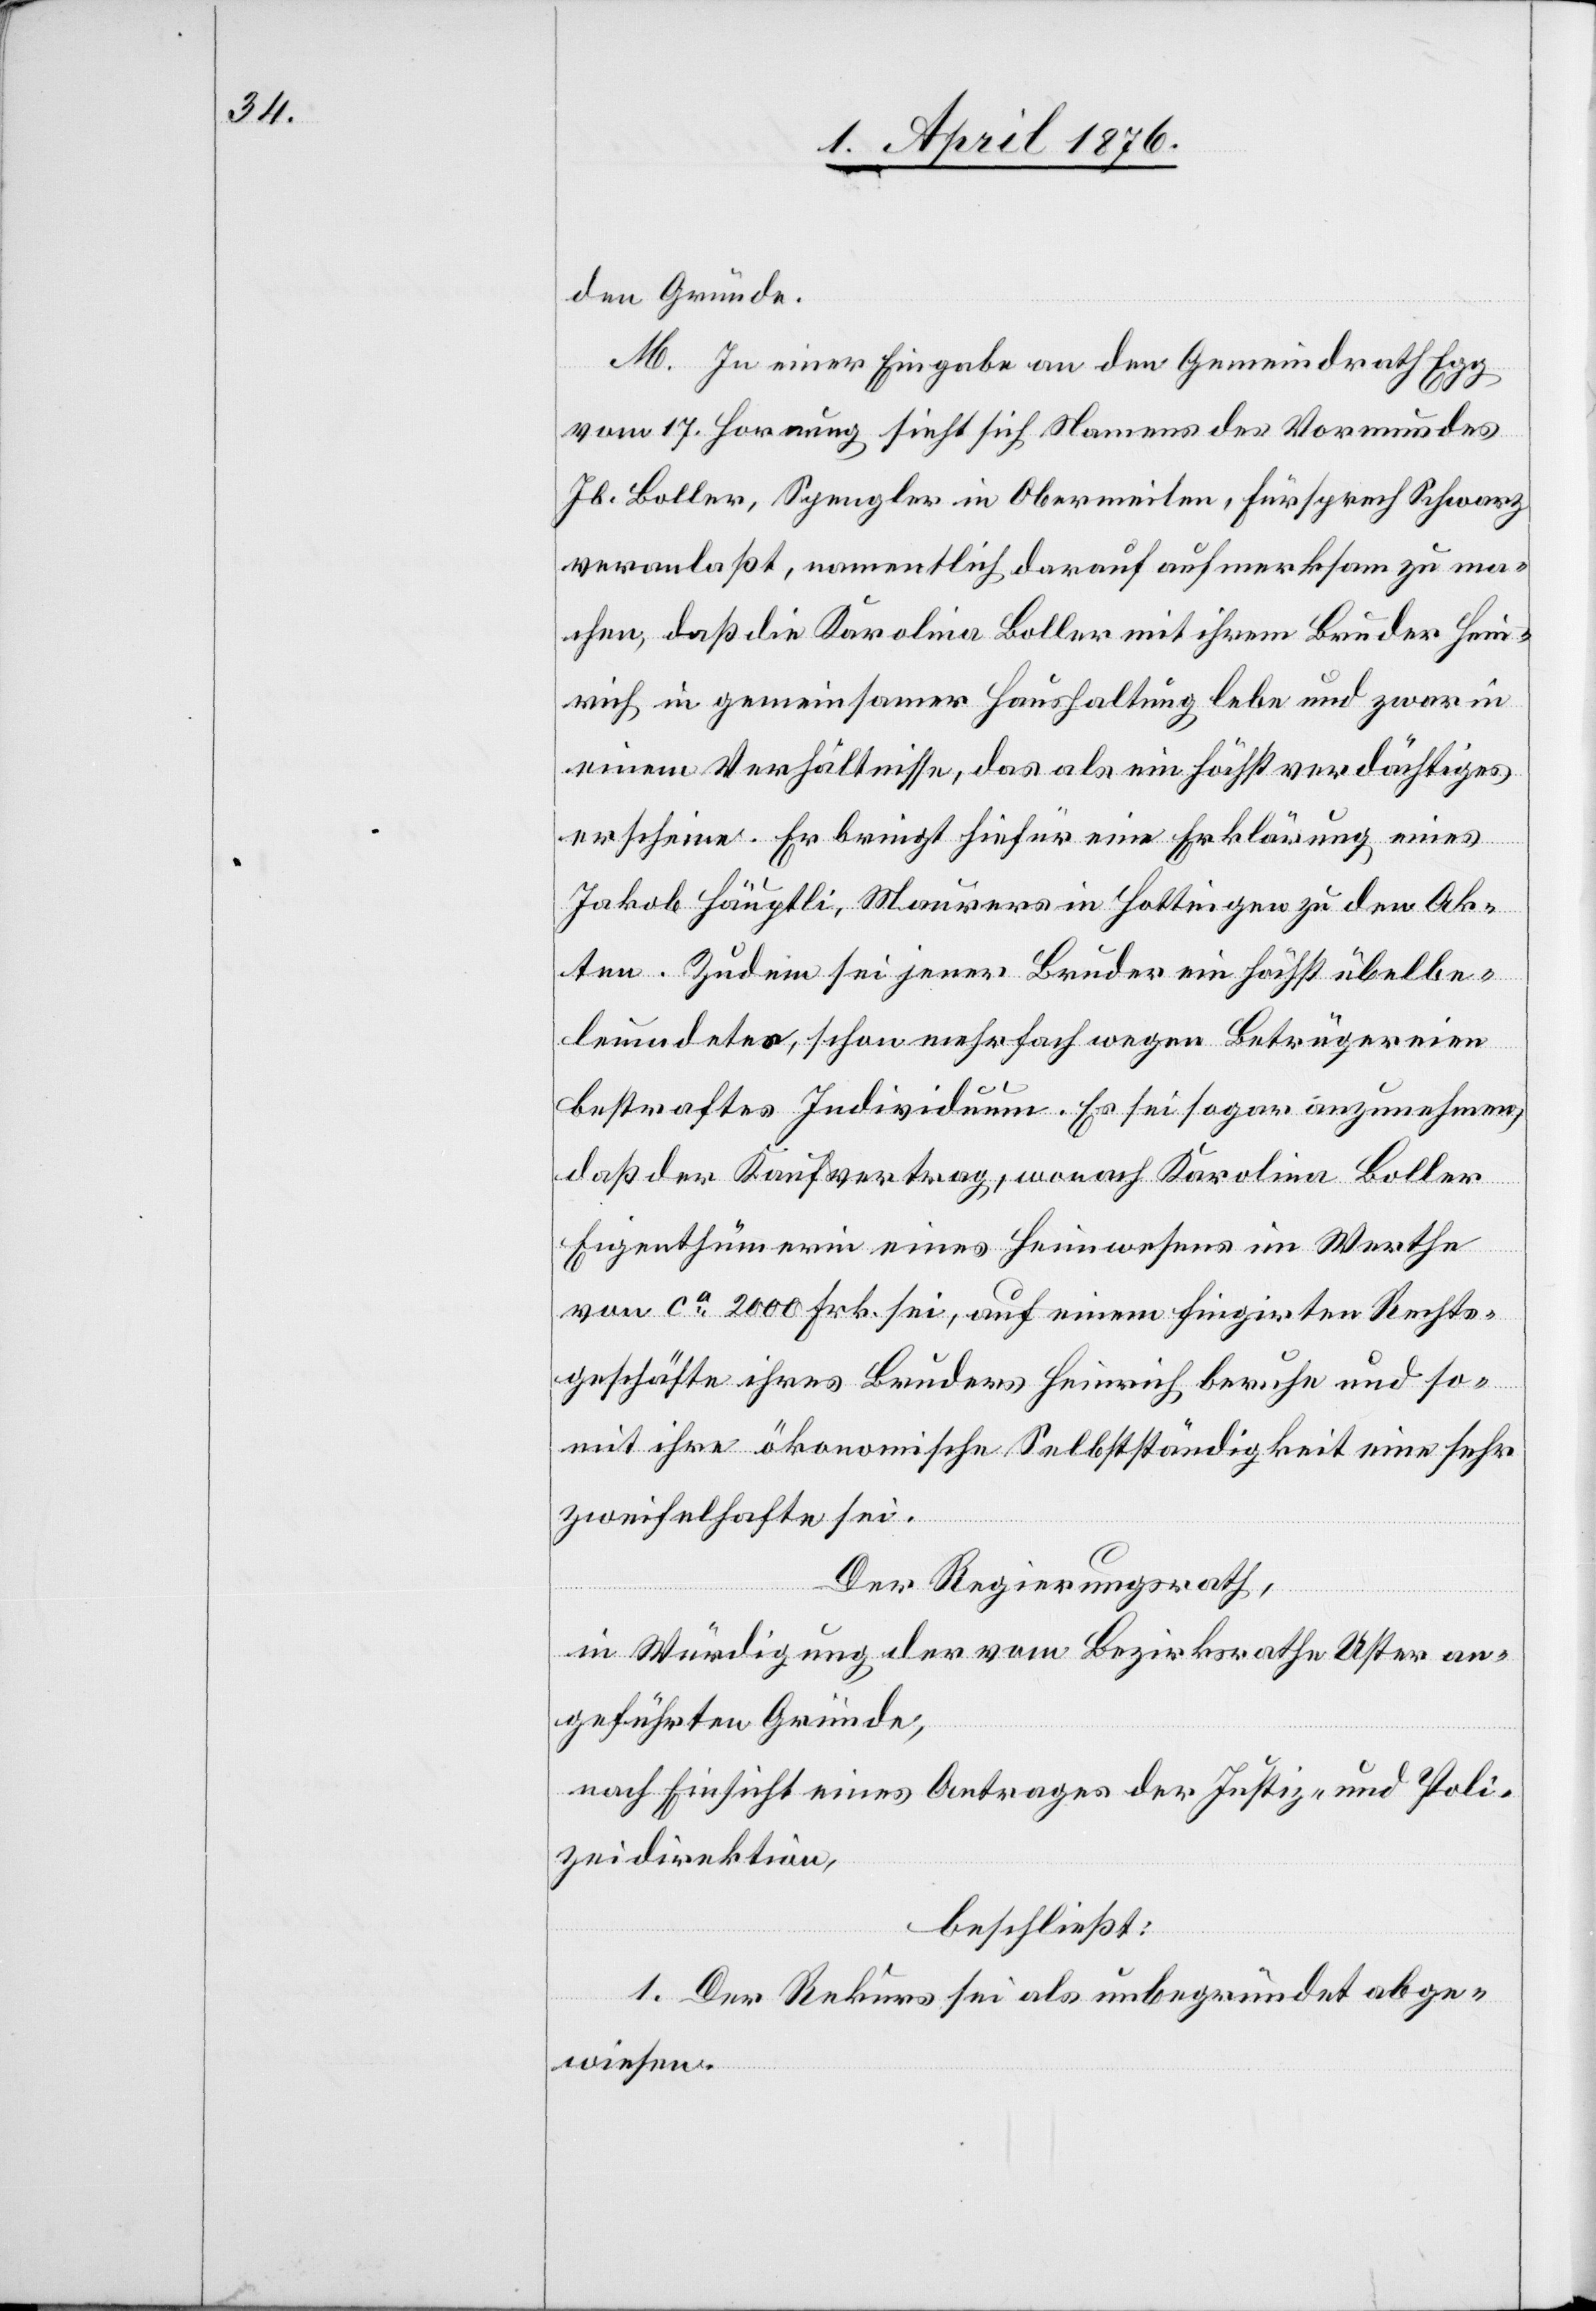
den Gründe.
M. In einer Eingabe an den Gemeindrath Egg
vom 17. Hornung sieht sich Namens des Vormundes
Jb. Boller, Spengler in Obermeilen, Fürsprech Schwarz
veranlaßt, namentlich darauf aufmerksam zu ma¬
chen, daß die Karolina Koller mit ihrem Bruder Hein¬
rich in gemeinsamer Haushaltung lebe und zwar in
einem Verhältnisse, das als ein höchst verdächtiges
erscheine. Er bringt hiefür eine Erklärung eines
Jakob Häuptli, Maurers in Hottingen zu den Ak¬
ten. Zudem sei jener Bruder ein höchst übelbe¬
leumundeter, schon mehrfach wegen Betrügereien
bestraftes Individuum. Es sei sogar anzunehmen,
daß der Kaufvertrag, wonach Karolina Koller
Eigentümerin eines Heimwesens im Werthe
von ca 2000 Frk. sei, auf einem fingirten Rechts¬
geschäfte ihres Bruders Heinrich beruhe und so¬
mit ihre ökonomische Selbstständigkeit eine sehr
zweifelhafte sei.
Der Regierungsrath,
in Würdigung der vom Bezirksrath Uster an¬
geführten Gründe,
nach Einsicht eines Antrages der Justiz- und Poli¬
zeidirektion,
beschließt:
1. Der Rekurs sei als unbegründet abge¬
wiesen.